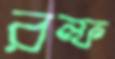
রল্ফ